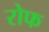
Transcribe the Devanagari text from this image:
रोफ